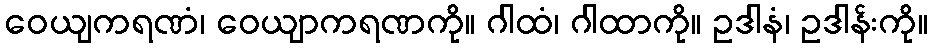
ဝေယျကရဏံ၊ ဝေယျာကရဏကို။ ဂါထံ၊ ဂါထာကို။ ဥဒါနံ၊ ဥဒါန်းကို။